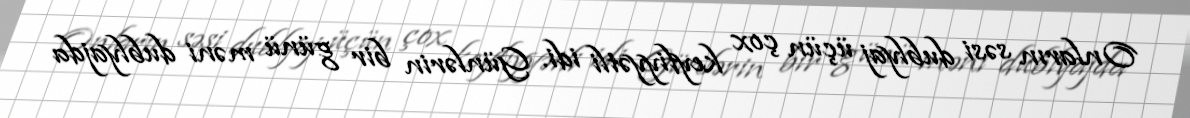
Onların səsi dublyaj üçün çox keyfiyyətli idi. Günlərin bir günü məni dublyajda